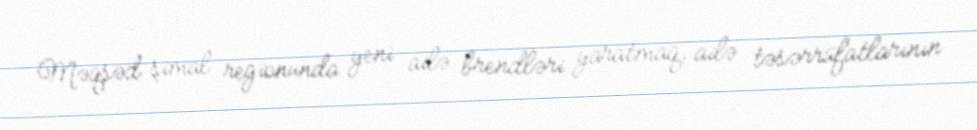
Məqsəd şimal regionunda yeni ailə brendləri yaratmaq, ailə təsərrüfatlarının